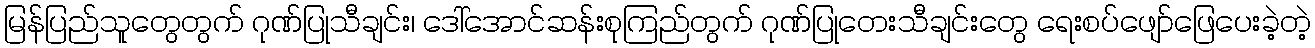
မြန်ပြည်သူတွေတွက် ဂုဏ်ပြုသီချင်း၊ ဒေါ်အောင်ဆန်းစုကြည်တွက် ဂုဏ်ပြုတေးသီချင်းတွေ ရေးစပ်ဖျော်ဖြေပေးခဲ့တဲ့